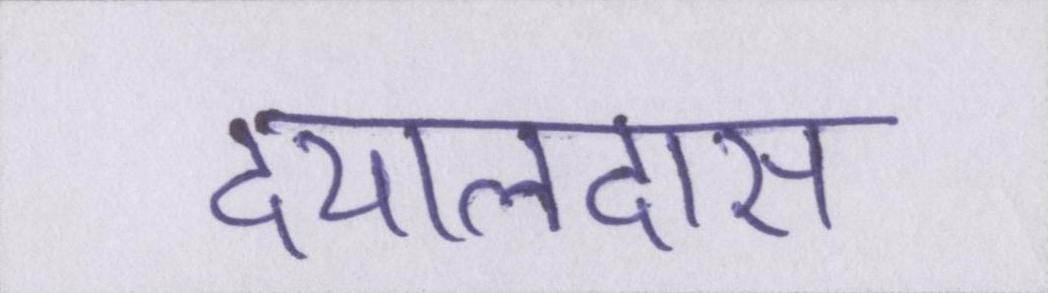
दयालदास